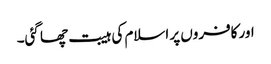
اور کافروں پر اسلام کی ہیبت چھا گئی۔